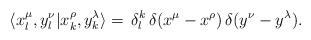
LaTeX: \begin{align*}\langle x^\mu_l,y^\nu_l|x^\rho_k,y^\lambda_k\rangle= \,\delta^k_l\,\delta(x^\mu-x^\rho)\,\delta(y^\nu-y^\lambda).\end{align*}